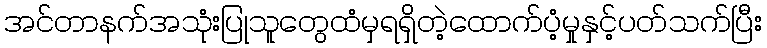
အင်တာနက်အသုံးပြုသူတွေထံမှရရှိတဲ့ထောက်ပံ့မှုနှင့်ပတ်သက်ပြီး